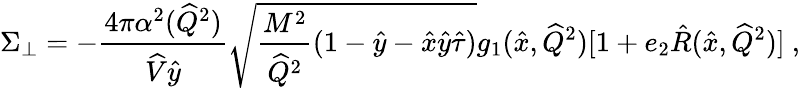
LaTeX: \Sigma_{\bot}=-\frac{4\pi\alpha^{2}(\widehat Q^{2})}{\widehat V\hat{y}}\sqrt{\frac{M^{2}}{\widehat Q^{2}}(1-\hat{y}-\hat{x}\hat{y}\hat{\tau})}g_{1}(\hat{x},\widehat Q^{2})[1+e_{2}\hat{R}(\hat{x},\widehat Q^{2})]\ ,